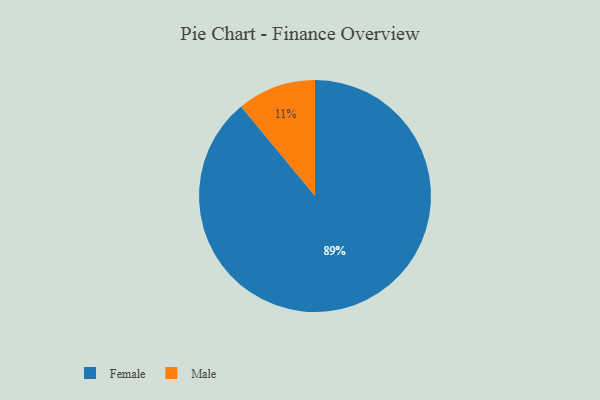
{"axis": {"x": "Category", "y": "Percentage"}, "legend": ["Female", "Male"], "data": [{"x": "Female", "y": 89, "type": "Female"}, {"x": "Male", "y": 11, "type": "Male"}]}